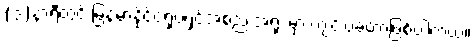
(၁)နာရီတွင် မြန်မာနိုင်ငံရုပ်ရှင်အစည်းအရုံး မှာ ကျင်းပခဲ့တာဖြစ်ပါတယ်။